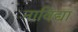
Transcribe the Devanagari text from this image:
नाविद्या